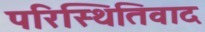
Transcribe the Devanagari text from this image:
परिस्थितिवाद